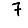
Digit: 7